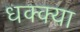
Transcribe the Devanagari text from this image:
धक्क्या